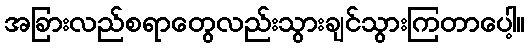
အခြားလည်စရာတွေလည်းသွားချင်သွားကြတာပေါ့။